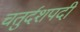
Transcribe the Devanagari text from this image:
चतुर्दशपदी